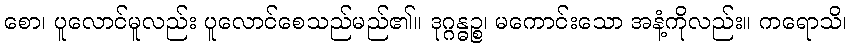
စော၊ ပူလောင်မူလည်း ပူလောင်စေသည်မည်၏။ ဒုဂ္ဂန္ဓဉ္စ၊ မကောင်းသော အနံ့ကိုလည်း။ ကရောသိ၊